Indian journal of veterinary science and animal husbandry - Volume 5,
Year: 1935
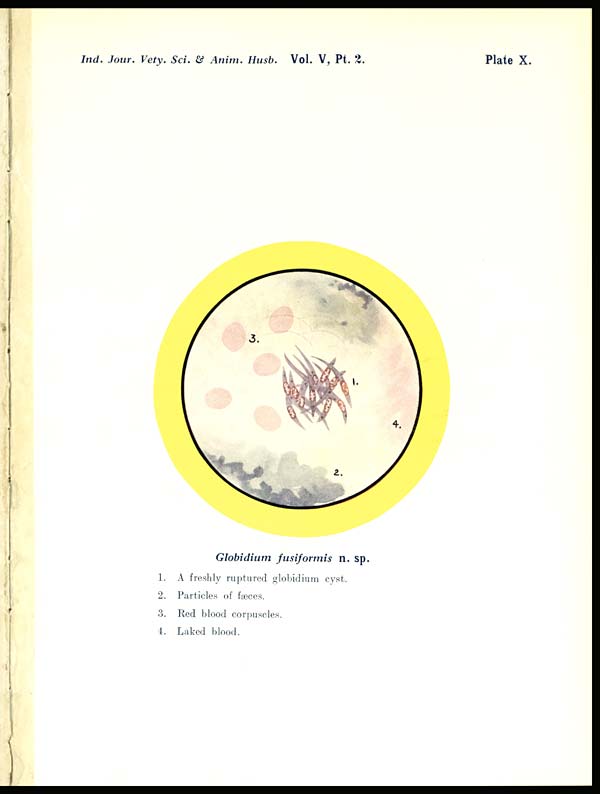
Ind. Jour. Vety. Sci. & Anim. Husb. Vol. V, Pt.
2.
Plate X.
Globidium fusiformis
n. sp.
1. A freshly ruptured globidium cyst.
2.
Particles of
fæces.
3. Red blood corpuscles.
4. Laked blood.